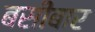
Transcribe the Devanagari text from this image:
बसीबार